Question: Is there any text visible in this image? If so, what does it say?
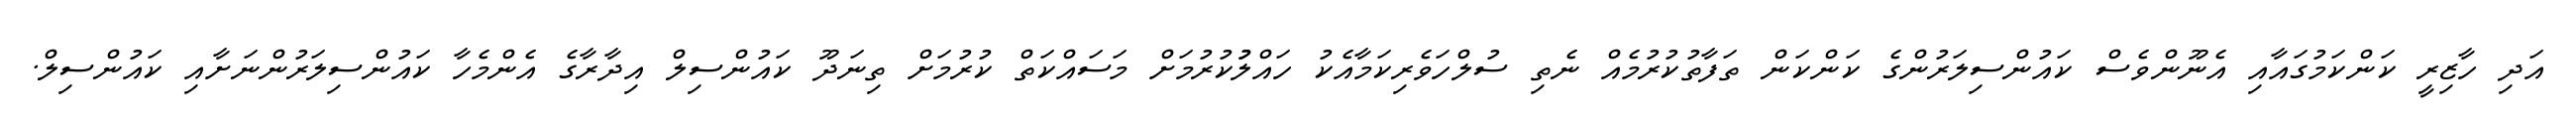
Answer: އަދި ހާޒިރީ ކަންކަމުގައާއި އެނޫންވެސް ކައުންސިލަރުންގެ ކަންކަން ތަފާތުކުރުމެއް ނެތި ސުލްހަވެރިކަމާއެކު ހައްލުުކުރުމަށް މަސައްކަތް ކުރުމަށް ތިނަދޫ ކައުންސިލް އިދާރާގެ އެންމެހާ ކައުންސިލަރުންނަށާއި ކައުންސިލް.